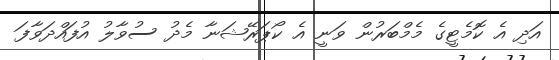
އަދި އެ ކޮމެޓީގެ މެމްބަރުން ވަނީ އެ ކޯޕަރޭޝަނާ މެދު ސުވާލު އުފައްދަވާފަ